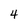
Character: 4